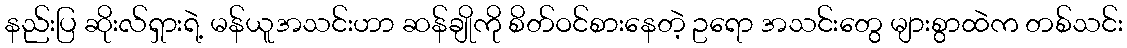
နည်းပြ ဆိုးလ်ရှားရဲ့ မန်ယူအသင်းဟာ ဆန်ချိုကို စိတ်ဝင်စားနေတဲ့ ဥရော အသင်းတွေ များစွာထဲက တစ်သင်း